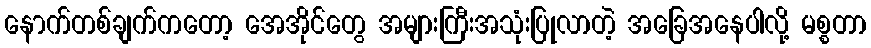
နောက်တစ်ချက်ကတော့ အေအိုင်တွေ အများကြီးအသုံးပြုလာတဲ့ အခြေအနေပါလို့ မစ္စတာ